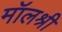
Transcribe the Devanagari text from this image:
मॉलश्री